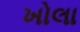
ખોલા